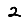
Digit: 2